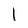
Character: l